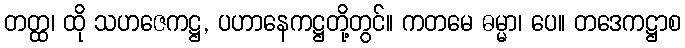
တတ္ထ၊ ထို သဟဇေကဋ္ဌ, ပဟာနေကဋ္ဌတို့တွင်။ ကတမေ ဓမ္မာ၊ ပေ။ တဒေကဋ္ဌာစ